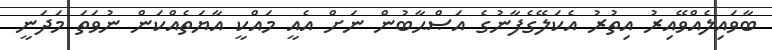
ބާވައިލެއްވޭއިރު އިތުރު އެކަލޭގެފާނުގެ އަޞްޙާބުން ނަށް އެއީ މައްކީ އާޔަތެއްކަން ނުވަތަ މަދަނީ